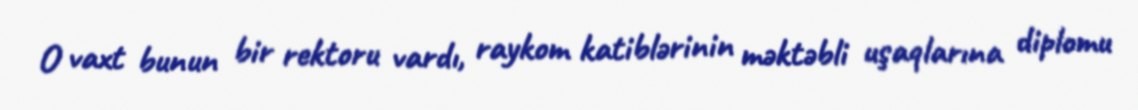
O vaxt bunun bir rektoru vardı, raykom katiblərinin məktəbli uşaqlarına diplomu